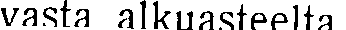
vasta alkuasteelta